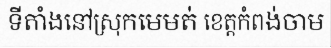
ទីតាំងនៅស្រុកមេមត់ ខេត្តកំពង់ចាម